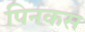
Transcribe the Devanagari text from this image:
पिनकस